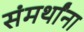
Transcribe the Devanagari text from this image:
संमर्थांना